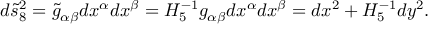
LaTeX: d \tilde { s } _ { 8 } ^ { 2 } = \tilde { g } _ { \alpha \beta } d x ^ { \alpha } d x ^ { \beta } = H _ { 5 } ^ { - 1 } g _ { \alpha \beta } d x ^ { \alpha } d x ^ { \beta } = d x ^ { 2 } + H _ { 5 } ^ { - 1 } d y ^ { 2 } .